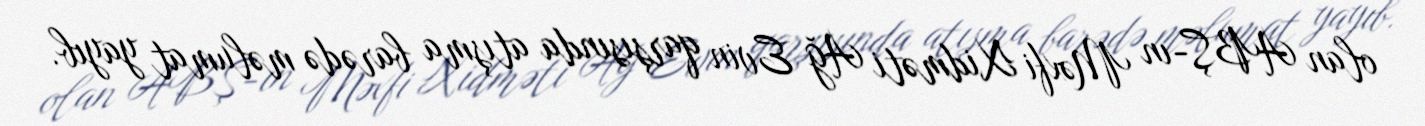
olan ABŞ-ın Məxfi Xidməti Ağ Evin qarşısında atışma barədə məlumat yayıb.